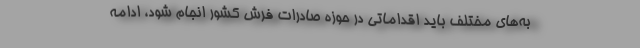
به‌های مختلف باید اقداماتی در حوزه صادرات فرش کشور انجام شود، ادامه